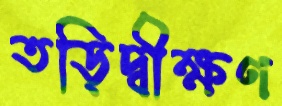
তড়িদ্বীক্ষণ